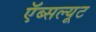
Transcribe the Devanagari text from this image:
ऍब्सल्यूट